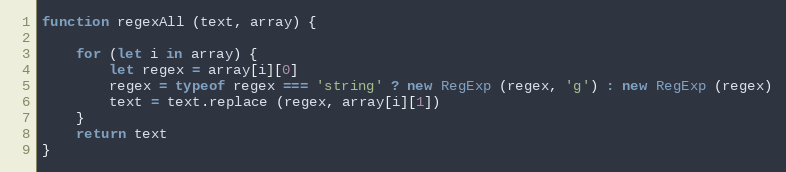
Language: JavaScript
function regexAll (text, array) {

    for (let i in array) {
        let regex = array[i][0]
        regex = typeof regex === 'string' ? new RegExp (regex, 'g') : new RegExp (regex)
        text = text.replace (regex, array[i][1])
    }
    return text
}